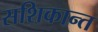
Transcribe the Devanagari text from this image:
सशिकान्त